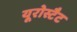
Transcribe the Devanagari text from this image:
यूरोस्टैट